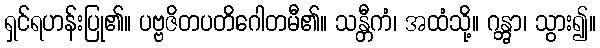
ရှင်ရဟန်းပြု၏။ ပဗ္ဗဇိတပတိဂေါတမီ၏။ သန္တီကံ၊ အထံသို့။ ဂန္တွာ၊ သွား၍။